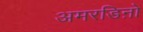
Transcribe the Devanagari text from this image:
अमरडिऩो